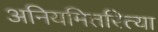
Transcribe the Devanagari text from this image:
अनियमितरित्या